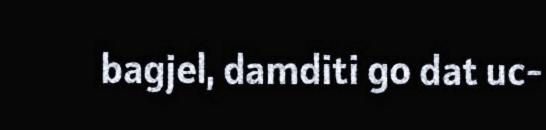
bagjel, damditi go dat uc-